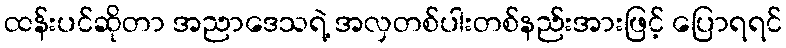
ထန်းပင်ဆိုတာ အညာဒေသရဲ့ အလှတစ်ပါးတစ်နည်းအားဖြင့် ပြောရရင်